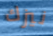
نيزك